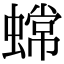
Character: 蟐